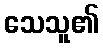
သေသူ၏